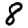
Digit: 8